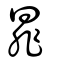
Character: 暃